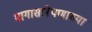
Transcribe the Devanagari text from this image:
मागासलेपणाच्या